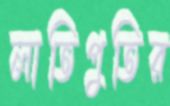
লাতিপুতির